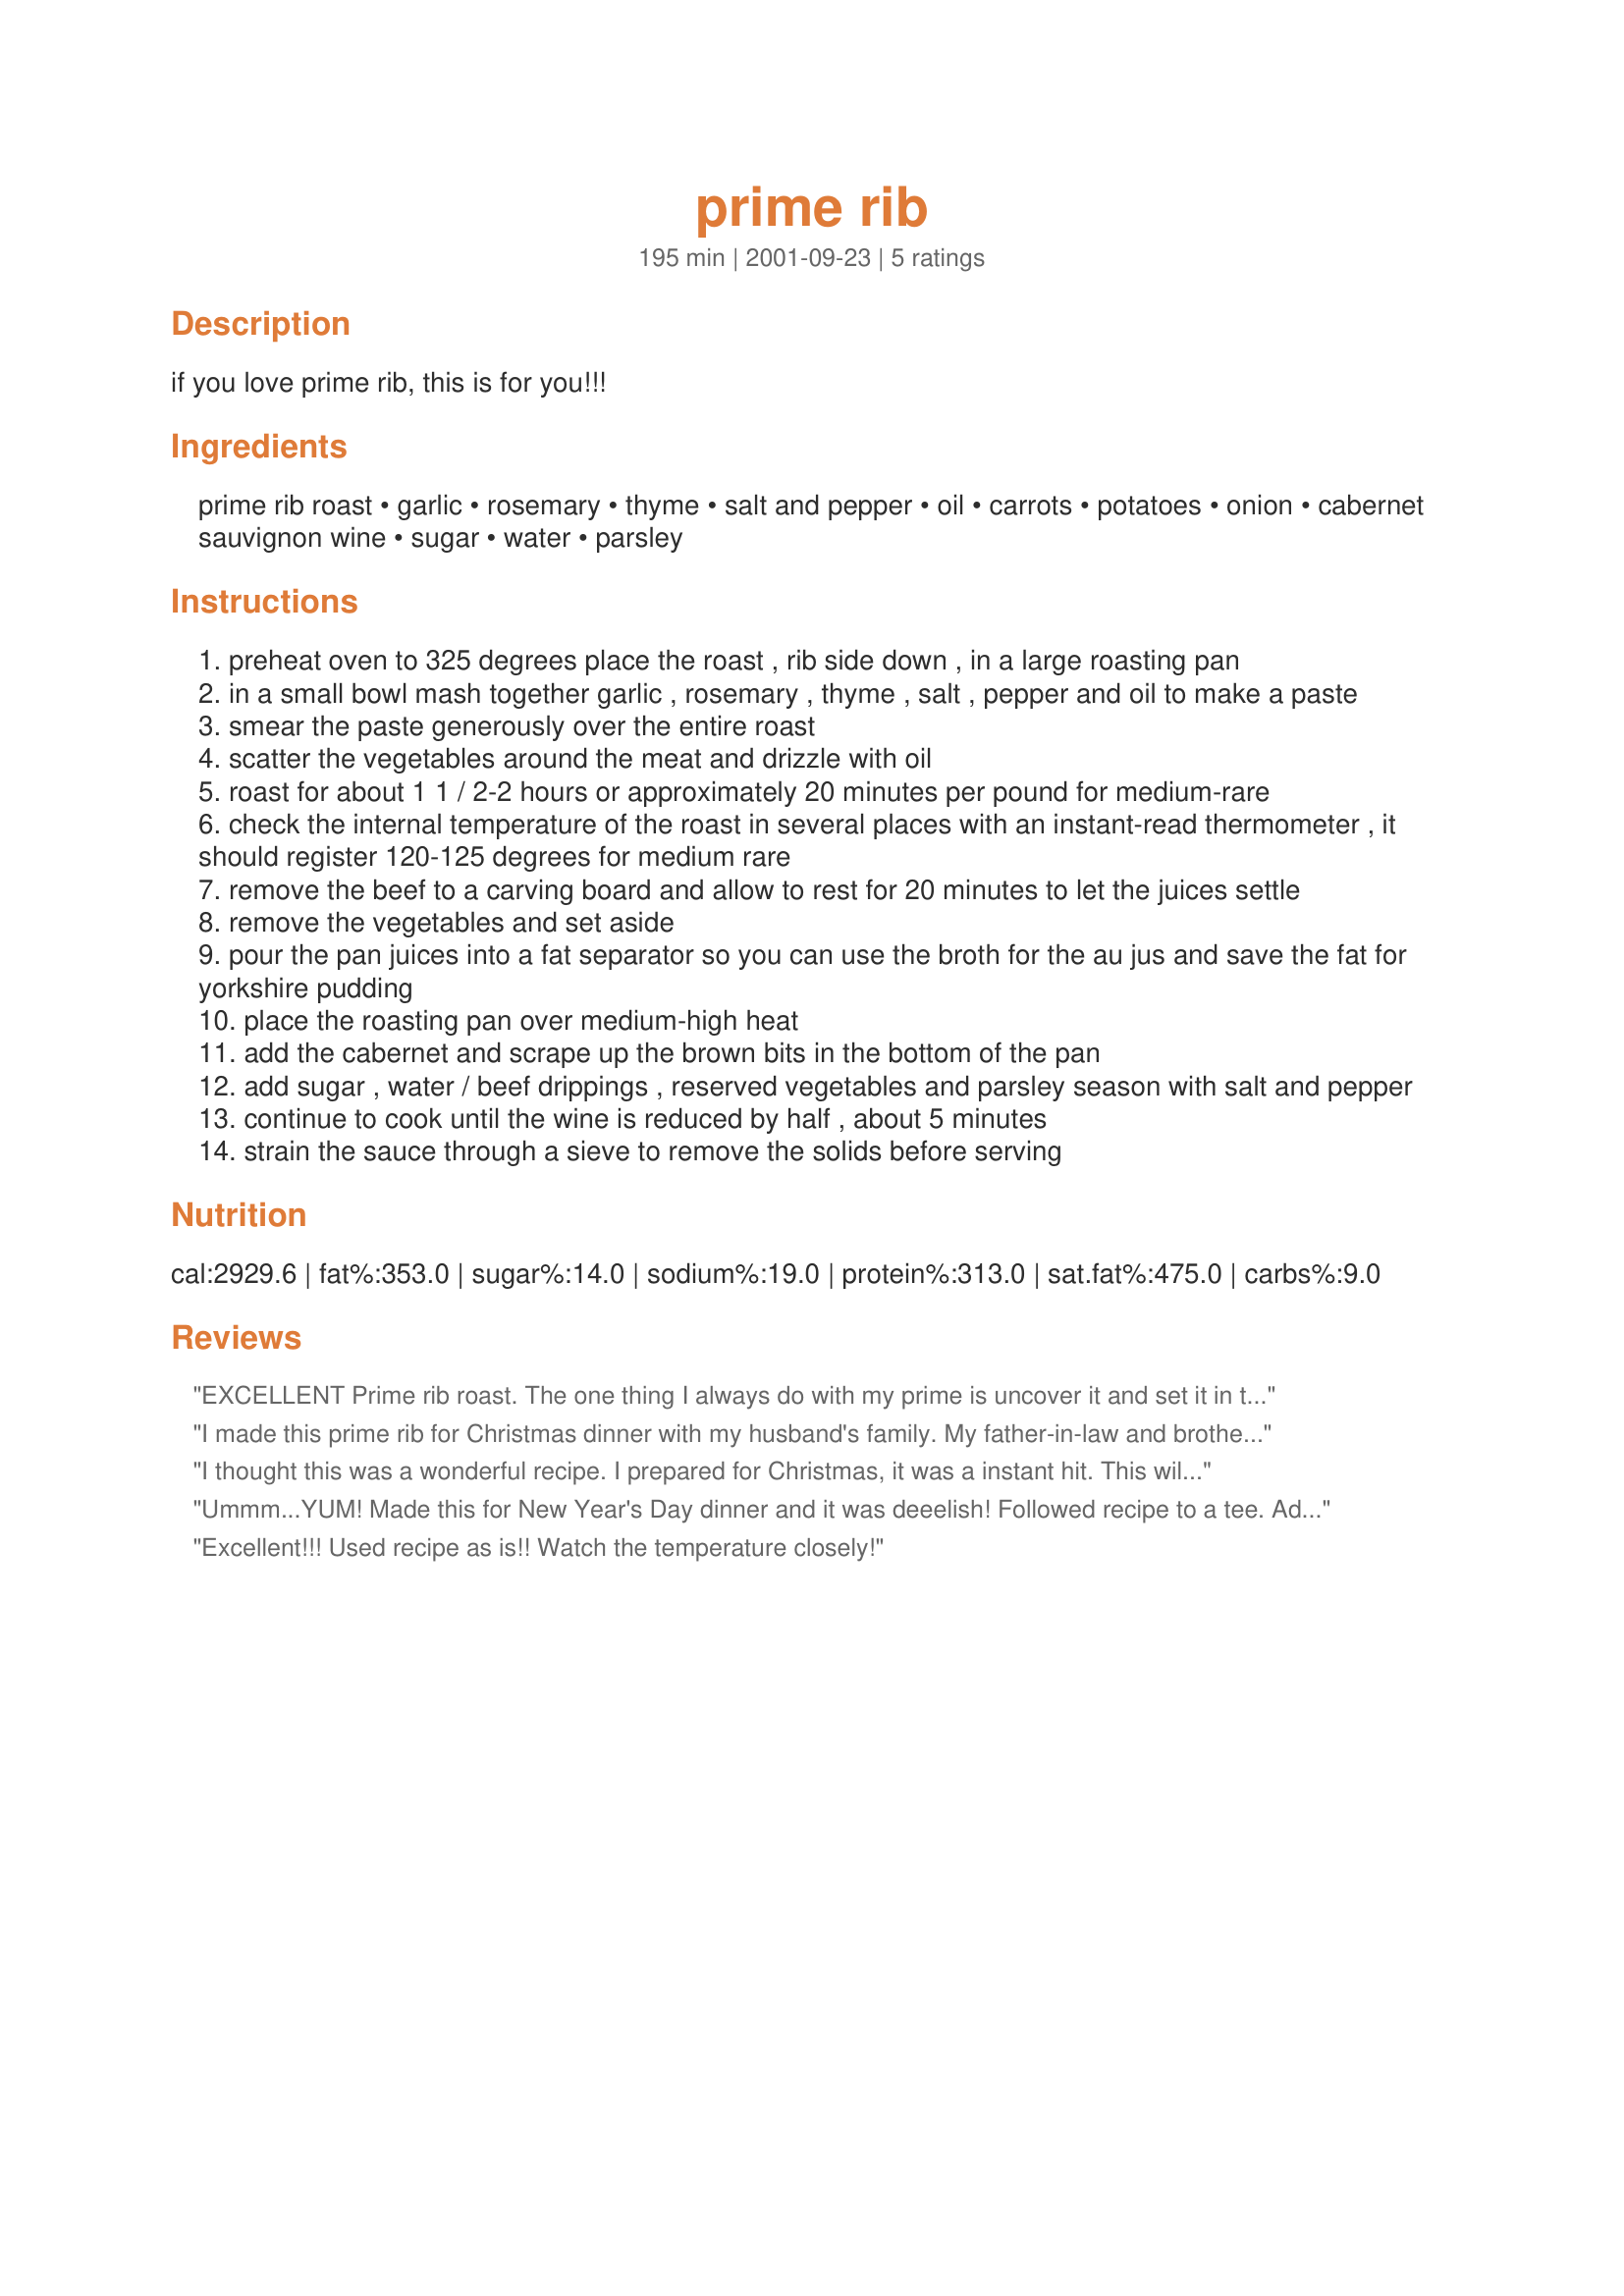
prime rib
Preparation time: 195 minutes

if you love prime rib, this is for you!!!

Ingredients:
prime rib roast, garlic, rosemary, thyme, salt and pepper, oil, carrots, potatoes, onion, cabernet sauvignon wine, sugar, water, parsley

Steps:
preheat oven to 325 degrees place the roast , rib side down , in a large roasting pan
in a small bowl mash together garlic , rosemary , thyme , salt , pepper and oil to make a paste
smear the paste generously over the entire roast
scatter the vegetables around the meat and drizzle with oil
roast for about 1 1 / 2-2 hours or approximately 20 minutes per pound for medium-rare
check the internal temperature of the roast in several places with an instant-read thermometer , it should register 120-125 degrees for medium rare
remove the beef to a carving board and allow to rest for 20 minutes to let the juices settle
remove the vegetables and set aside
pour the pan juices into a fat separator so you can use the broth for the au jus and save the fat for yorkshire pudding
place the roasting pan over medium-high heat
add the cabernet and scrape up the brown bits in the bottom of the pan
add sugar , water / beef drippings , reserved vegetables and parsley season with salt and pepper
continue to cook until the wine is reduced by half , about 5 minutes
strain the sauce through a sieve to remove the solids before serving

Reviews:
EXCELLENT Prime rib roast. The one thing I always do with my prime is uncover it and set it in the back of the frige with a bowl of baking powder beside it. I leave it there for up to 10 days - take it out and trim away any dried fat and meat - let it sit out for approx 1 hour before I use the rub. Other than that - I followed the instructions to a tee - it was EXCELLENT! Thanks so much for sharing this recipe
I made this prime rib for Christmas dinner with my husband's family. My father-in-law and brother-in-law said it was one of the best prime ribs they'd tasted. My father-in-law even took the leftovers home! I served it with twice baked potatoes, sauteed mushrooms, steamed cauliflower in 4 cheese sauce, rolls and dessert. I didn't have the wine on hand, so for the gravy I separated the fat from the roasting pan and added the juices to two packets of Schilling Au Jus, prepared per packet instructions in a saucepan on the stove. I also added some extra herbs from the roast recipe and a little cornstarch for thickening to the saucepan. The resulting gravy was excellent! I will make this recipe again! Thanks!
I thought this was a wonderful recipe. I prepared for Christmas, it was a instant hit. This will be my only Prime Rib recipe from this day on. Thanks for sharing!
Ummm...YUM! Made this for New Year's Day dinner and it was deeelish! Followed recipe to a tee. Added mushrooms to the veggies in the roasting pot about half way through. Also made mashed potatoes, cheesie vegetables and crescent rolls to go along. will make again!
Excellent!!! Used recipe as is!! Watch the temperature closely!
